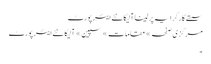
سستے کار کرایہ پر لینا آلیکانٹے ایئر پورٹ
مرکزی صفحہ » مقامات » سپین » آلیکانٹے ایئر پورٹ
۔